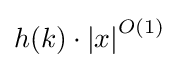
h(k)\cdot {|x|}^{O(1)}